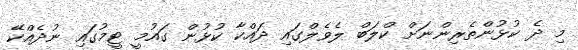
މި ދެ ކުޅުންތެރިންނަށް ކްލަބް ލެވެލްގައި ދައްކާ ކުޅުން ގައުމީ ޓީމުގައި ނުދެއްކޭ